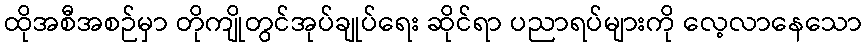
ထိုအစီအစဉ်မှာ တိုကျိုတွင်အုပ်ချုပ်ရေး ဆိုင်ရာ ပညာရပ်များကို လေ့လာနေသော